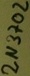
Text: 2N3702